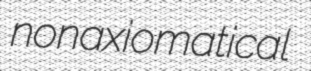
nonaxiomatical